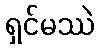
ရှင်မဿဲ